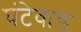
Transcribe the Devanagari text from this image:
घंटेवाड